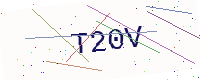
Text: T20V